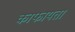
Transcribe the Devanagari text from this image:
काफायता